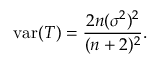
\operatorname { v a r } ( T ) = { \frac { 2 n ( \sigma ^ { 2 } ) ^ { 2 } } { ( n + 2 ) ^ { 2 } } } .